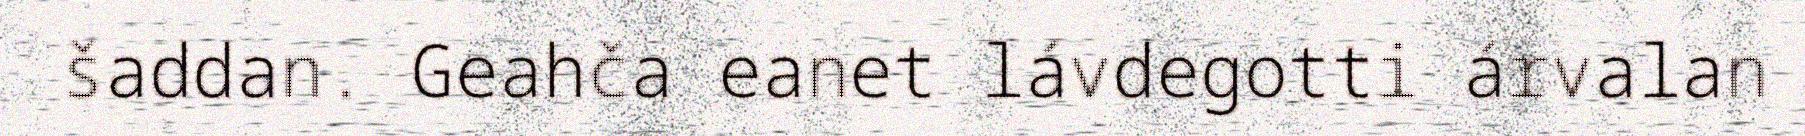
šaddan. Geahča eanet lávdegotti árvalan